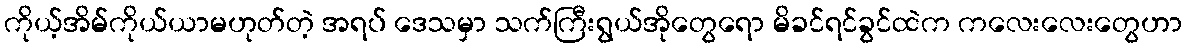
ကိုယ့်အိမ်ကိုယ်ယာမဟုတ်တဲ့ အရပ် ဒေသမှာ သက်ကြီးရွယ်အိုတွေရော မိခင်ရင်ခွင်ထဲက ကလေးလေးတွေဟာ